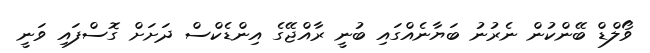
ވޯލްޑް ބޭންކުން ނެރުނު ބަޔާނެއްގައި ބުނީ ރާއްޖޭގެ އިންޑެކްސް ދަށަށް ގޮސްފައި ވަނީ